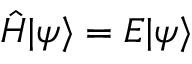
\hat { H } | \psi \rangle = E | \psi \rangle